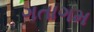
ગતાગમ